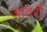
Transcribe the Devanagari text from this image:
ओवेर्री